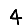
Digit: 4